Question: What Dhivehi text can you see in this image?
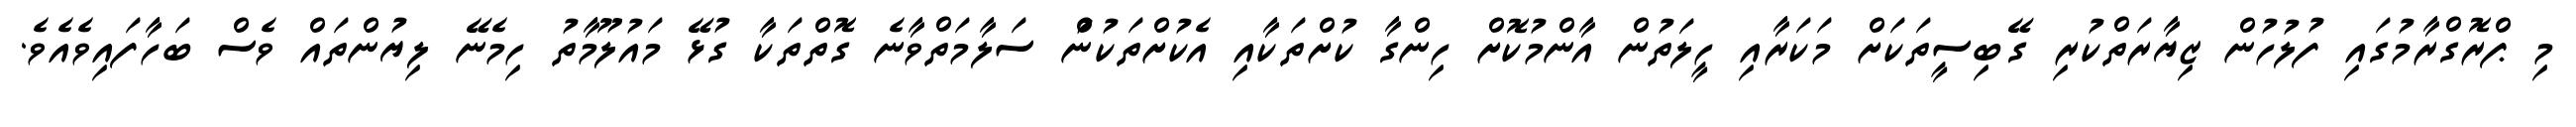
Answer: މި ޕްރޮގްރާމުގައި ފުލުހުން ޒިޔާރަތްކުރި ގޭބިސީތަކަށް މަކަރާއި ހީލަތުން އާންމުކޮށް ހިންގާ ކުށްތަކާއި އެކުށްތަކުނުް ސަލާމަތްވާނެ ގޮތްތަކާ ގުޅޭ މައުލޫމާތު ހިމެނޭ ލިޔުންތައް ވެސް ބަހާފައިވެއެވެ.